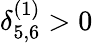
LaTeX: \delta_{5,6}^{(1)}>0